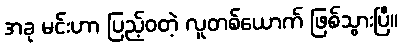
အခု မင်းဟာ ပြည့်ဝတဲ့ လူတစ်ယောက် ဖြစ်သွားပြီ။